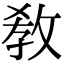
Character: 教